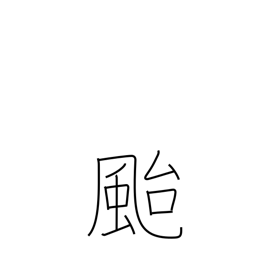
Meaning: typhoon